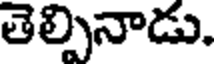
తెల్పినాడు.